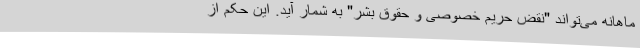
ماهانه می‌تواند "نقض حریم خصوصی و حقوق بشر" به شمار آید. این حکم از